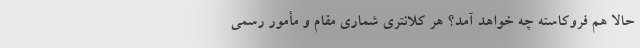
حالا هم فروکاسته چه خواهد آمد؟ هر کلانتری شماری مقام و مأمور رسمی